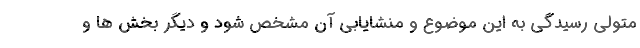
متولی رسیدگی به این موضوع و منشایابی آن مشخص شود و دیگر بخش ها و